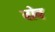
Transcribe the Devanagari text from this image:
वोव